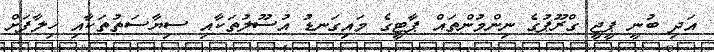
އަދި ބުނީ ޕީޖީ ގްރޫޕުގެ ނިންމުންތައް ޕާޓީގެ މައިގަނޑު އުސޫލުތަކާއި ސިޔާސަތުތަކާއި ހިލާފަށް